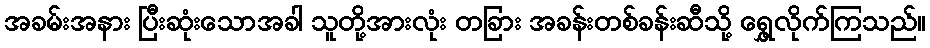
အခမ်းအနား ပြီးဆုံးသောအခါ သူတို့အားလုံး တခြား အခန်းတစ်ခန်းဆီသို့ ရွှေ့လိုက်ကြသည်။